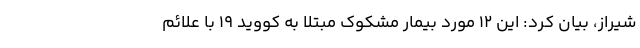
شیراز، بیان کرد: این ۱۲ مورد بیمار مشکوک مبتلا به کووید ۱۹ با علائم